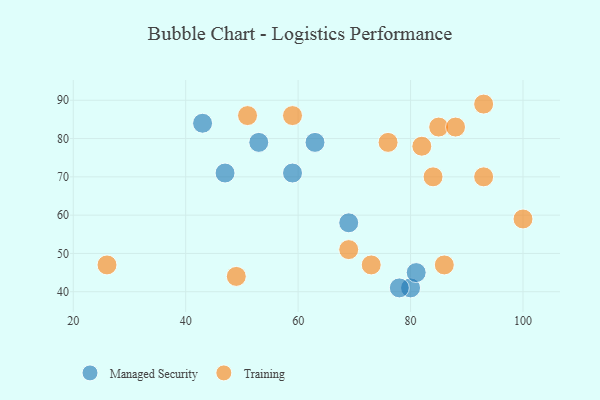
{"axis": {"x": "GDP", "y": "Life Expectancy"}, "legend": ["Managed Security", "Training"], "data": [{"x": "59", "y": 71, "type": "Managed Security"}, {"x": "69", "y": 58, "type": "Managed Security"}, {"x": "80", "y": 41, "type": "Managed Security"}, {"x": "78", "y": 41, "type": "Managed Security"}, {"x": "43", "y": 84, "type": "Managed Security"}, {"x": "47", "y": 71, "type": "Managed Security"}, {"x": "63", "y": 79, "type": "Managed Security"}, {"x": "53", "y": 79, "type": "Managed Security"}, {"x": "81", "y": 45, "type": "Managed Security"}, {"x": "51", "y": 86, "type": "Training"}, {"x": "73", "y": 47, "type": "Training"}, {"x": "26", "y": 47, "type": "Training"}, {"x": "85", "y": 83, "type": "Training"}, {"x": "88", "y": 83, "type": "Training"}, {"x": "93", "y": 89, "type": "Training"}, {"x": "86", "y": 47, "type": "Training"}, {"x": "49", "y": 44, "type": "Training"}, {"x": "59", "y": 86, "type": "Training"}, {"x": "69", "y": 51, "type": "Training"}, {"x": "93", "y": 70, "type": "Training"}, {"x": "100", "y": 59, "type": "Training"}, {"x": "76", "y": 79, "type": "Training"}, {"x": "82", "y": 78, "type": "Training"}, {"x": "84", "y": 70, "type": "Training"}]}